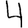
Digit: 4